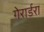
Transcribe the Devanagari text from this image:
गेरार्डरा